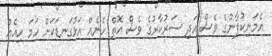
އެމަނިކުފާނުގެ ވެސް އަދި ސަރުކާރުގެ ވެސް އޮތް ހެނެއް އަޅުގަނޑަކަށް ހަމަ ހިއެއް